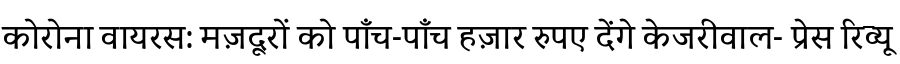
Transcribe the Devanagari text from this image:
कोरोना वायरस: मज़दूरों को पाँच-पाँच हज़ार रुपए देंगे केजरीवाल- प्रेस रिव्यू